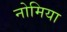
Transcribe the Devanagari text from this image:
नोमिया